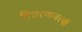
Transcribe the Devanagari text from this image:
वितरणावरची